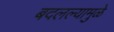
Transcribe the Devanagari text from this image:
बदलल्यामुळे